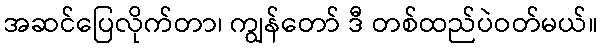
အဆင်ပြေလိုက်တာ၊ ကျွန်တော် ဒီ တစ်ထည်ပဲဝတ်မယ်။